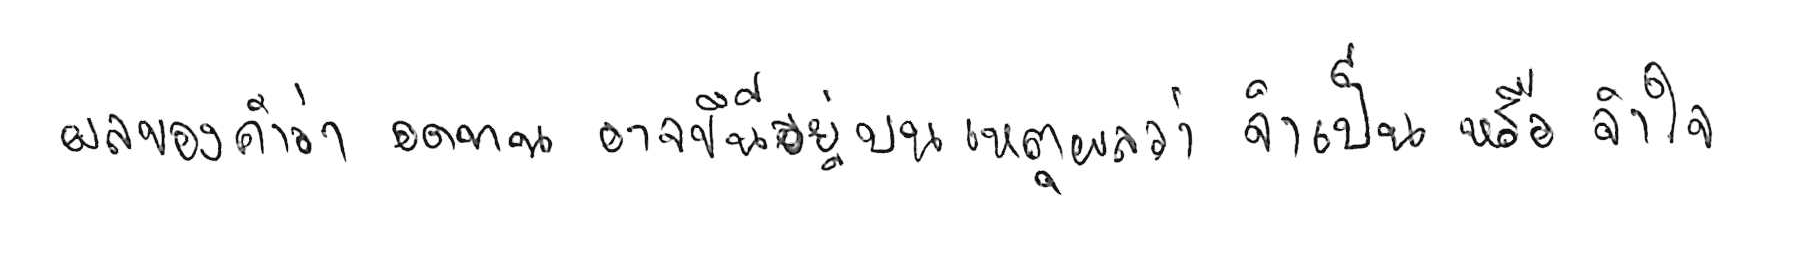
ผลของคำว่า อดทน อาจขึ้นอยู่บนเหตุผลว่า จำเป็น หรือ จำใจ